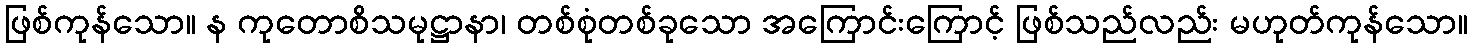
ဖြစ်ကုန်သော။ န ကုတောစိသမုဋ္ဌာနာ၊ တစ်စုံတစ်ခုသော အကြောင်းကြောင့် ဖြစ်သည်လည်း မဟုတ်ကုန်သော။